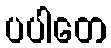
ပပါတေ